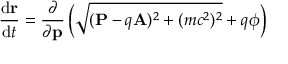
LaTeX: { \frac { \mathrm { d } \mathbf { r } } { \mathrm { d } t } } = { \frac { \partial } { \partial \mathbf { p } } } \left( { \sqrt { ( \mathbf { P } - q \mathbf { A } ) ^ { 2 } + ( m c ^ { 2 } ) ^ { 2 } } } + q \phi \right) \,